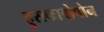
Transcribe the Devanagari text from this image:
हुसकावोपोन